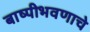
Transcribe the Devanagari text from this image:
बाष्पीभवणाचे